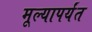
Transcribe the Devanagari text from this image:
मूल्यापर्यंत